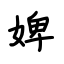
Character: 婢